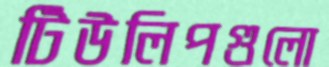
টিউলিপগুলো